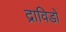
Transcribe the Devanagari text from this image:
द्राविडों